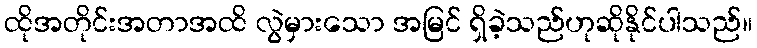
ထိုအတိုင်းအတာအထိ လွဲမှားသော အမြင် ရှိခဲ့သည်ဟုဆိုနိုင်ပါသည်။